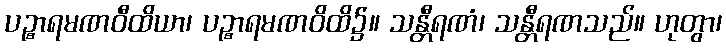
ပဉ္စာရမဏဝီထိယာ၊ ပဉ္စာရမဏဝိထိ၌။ သန္တီရဏံ၊ သန္တီရဏသည်။ ဟုတွာ၊